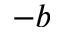
- b